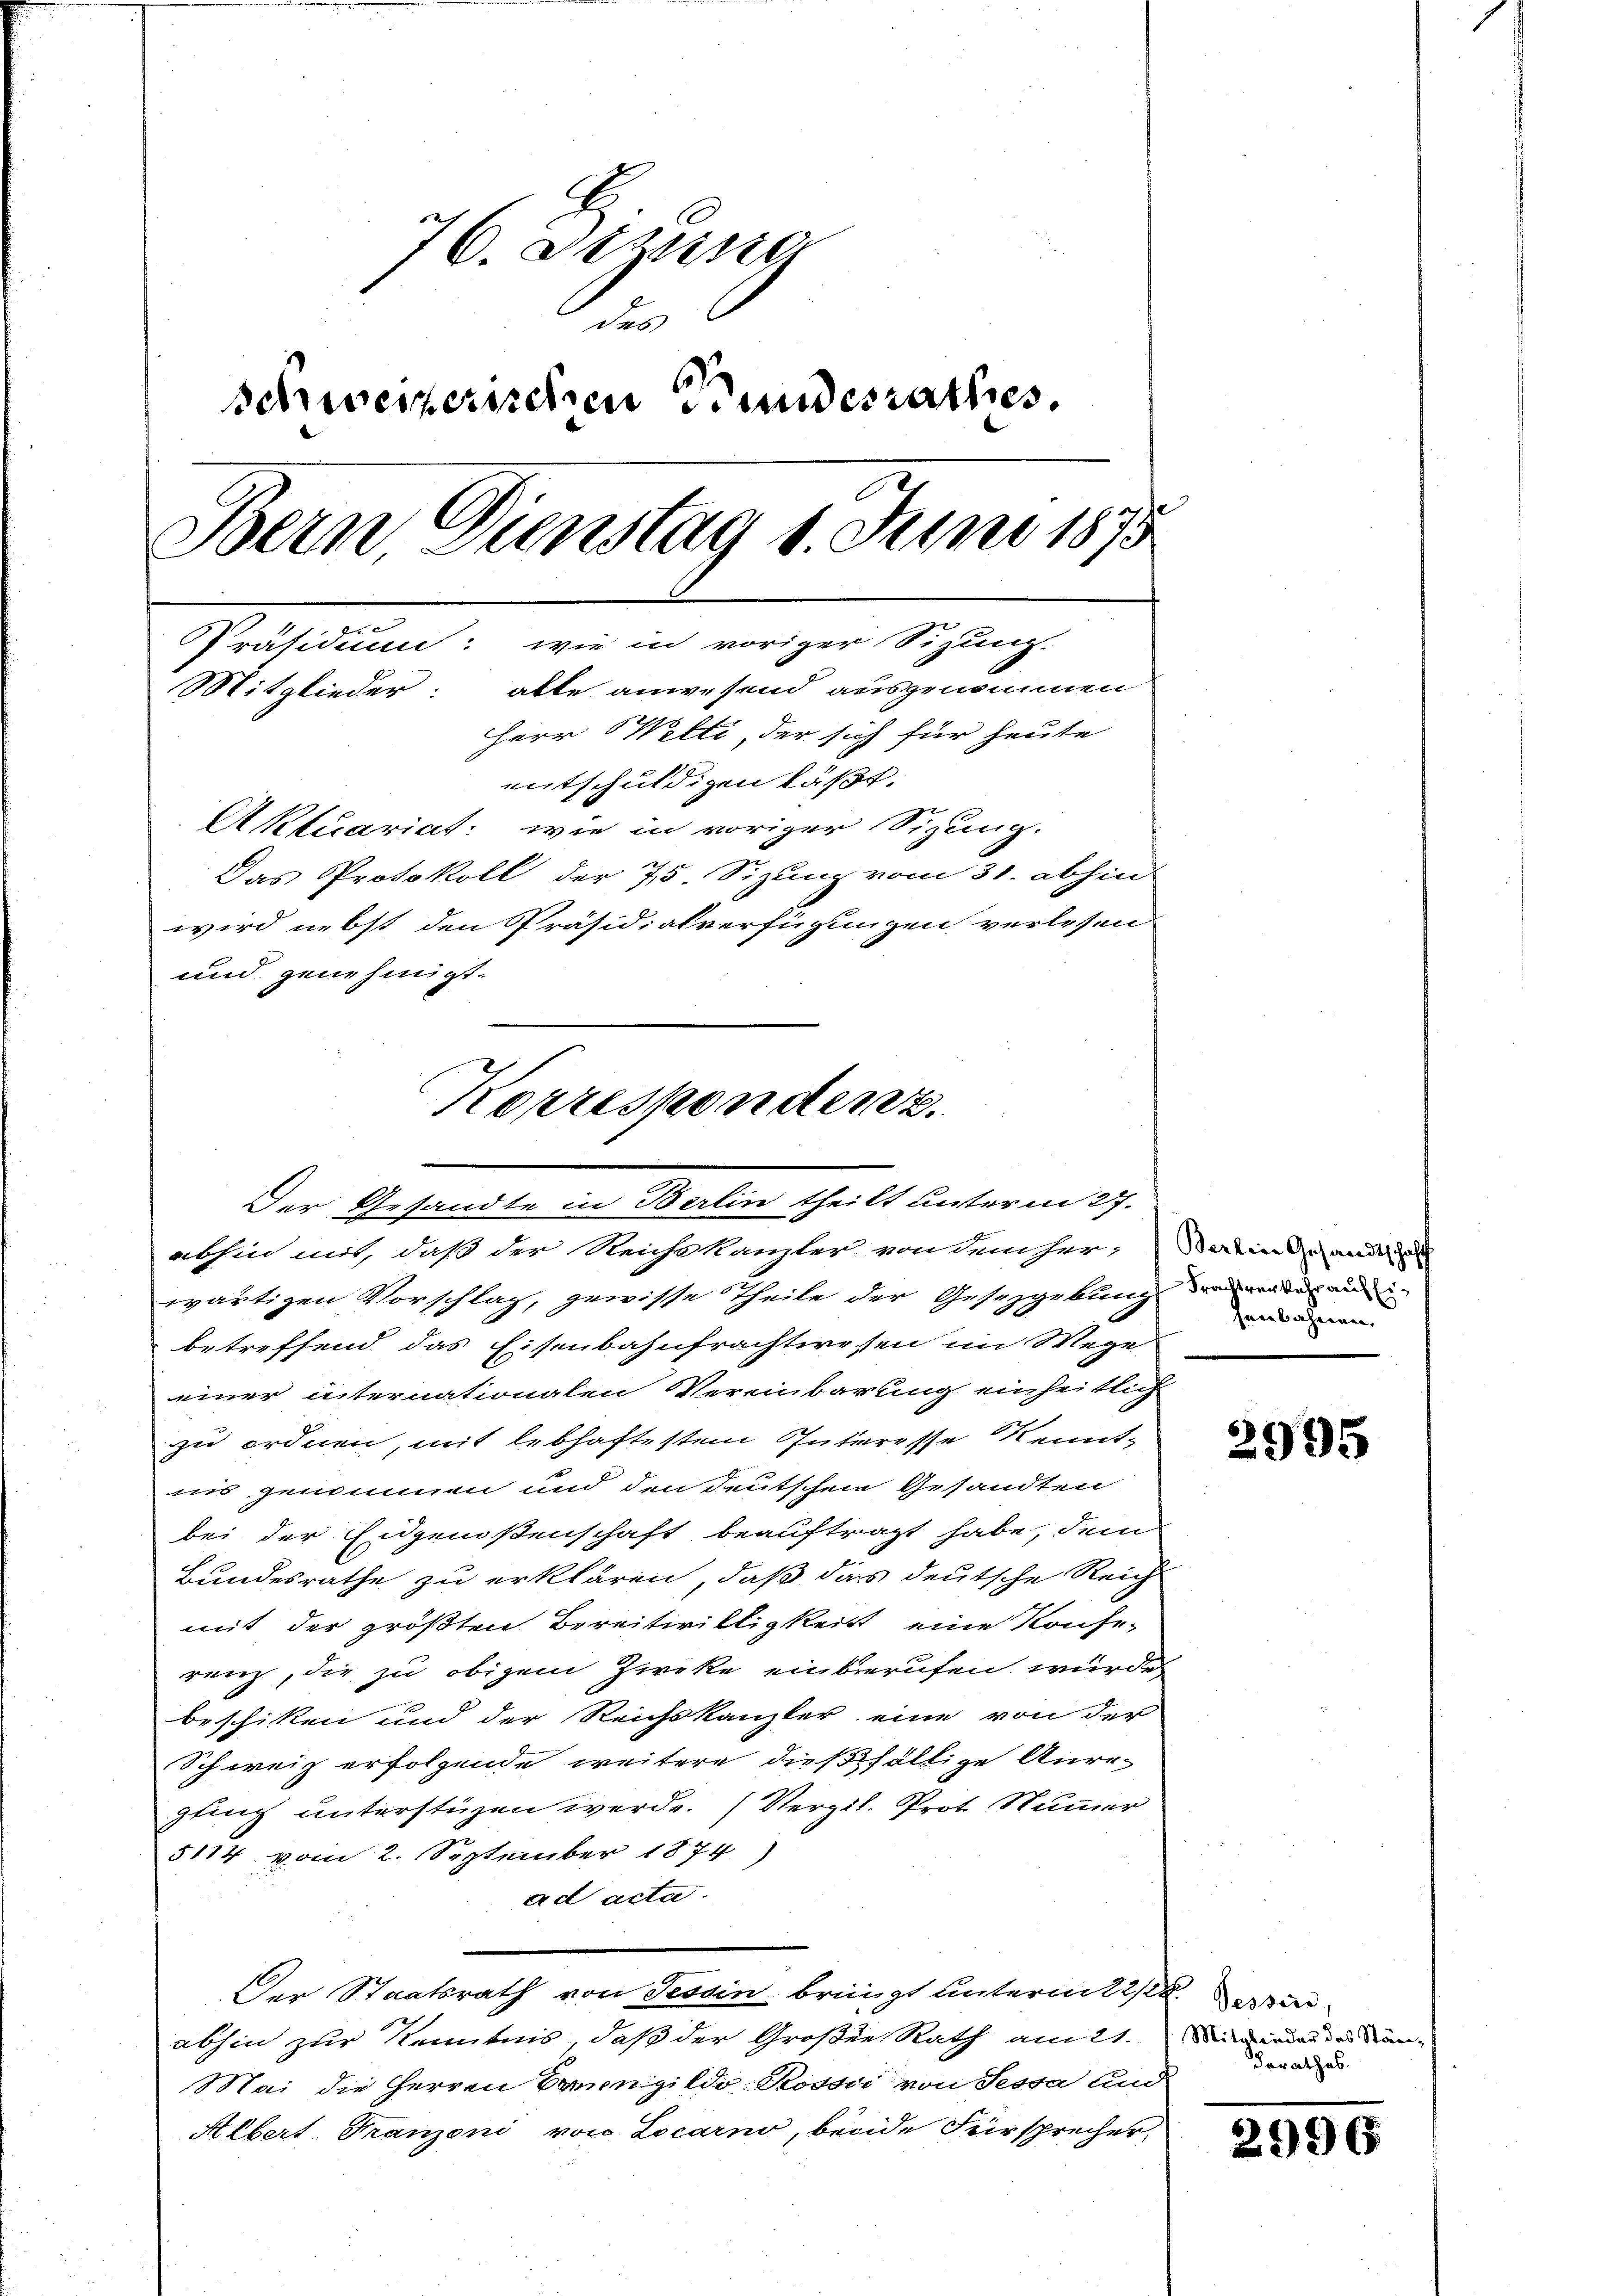
76. Sitzung
 des
schweizerischen Bundesrathes.
Bein Dienstag 1. Juni 1875
PPräsidium: wie in voriger Sizung.
Mitglieder: alte anwesend ausgenommen
Herr Welti, der sich für heute
entschuldigen läßt.
Aktuariat: wie in voriger Sizung.
Das Protokoll der 75. Sizung vom 31. abhin
wird nebst den Präsidialverfügungen verlesen
und genehmigt.

Korrespondenz.
Der Gesandte in Berlin theilt unterm 27.

abhin mit, daß der Reichskanzler von dem her, Dein Grande u
wärtigen Vorschlag, gewisse Theile der Gesetzgebung der vor der anei-
betreffend das Eisenbahnfrachtwessen im Wege
einer internationalen Vereinbarung einheitlich
zu ordnen, mit lebhaftestem Interesse Kennt-
nis genommen und den deutschen Gesandten
bei der Eidgenoßenschaft beauftragt habe, dem
Bundesrathe zu erklären, daß das deutsche Reich
mit der größten Bereitwilligkeit eine Konfe-
renz, die zu obigem Zweke einberufen wurde,
beschicken und der Reichskanzler eine von der
Schweiz erfolgende weitere dießfällige Anre-
gling unterstüzen werde. (Vergl. Prot. Nummer
5114 vom 2. September 1874)
ad acta.
Der Staatsrath von Tessin bringt unterm 22/22. ein
abhin zur Kenntnis, daß der Großen Rath am 21. Mit werden Kan¬
Mai die Herren Conngildo-Rossi von Sessa und
Albert Franzoni von Locarno, beide Fürsprecher,

senbahnen,

2995

derathes.

2996